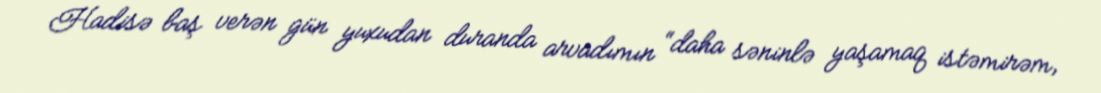
Hadisə baş verən gün yuxudan duranda arvadımın “daha səninlə yaşamaq istəmirəm,